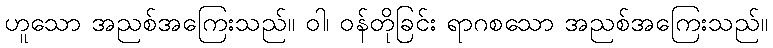
ဟူသော အညစ်အကြေးသည်။ ဝါ၊ ဝန်တိုခြင်း ရာဂစသော အညစ်အကြေးသည်။